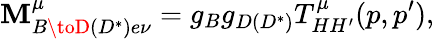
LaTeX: \mathbf{M}_{B\toD(D^{*})e\nu}^{\mu}=g_{B}g_{D(D^{*})}T_{HH^{\prime}}^{\mu}(p,p^{\prime}),